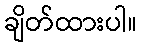
ချိတ်ထားပါ။